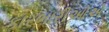
કારભારીઓએ